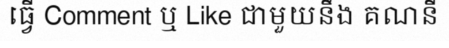
ធ្វើ Comment ឬ Like ជាមួយនឹង គណនី